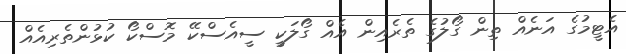
އެޓީމުގެ އަނެއް ތިން ގޯލުގެ ތެރެއިން އެއް ގޯލަކީ ސީއެސްކޭ މޮސްކޯ ކުޅުންތެރިއެއް